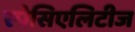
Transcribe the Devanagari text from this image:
स्पेसिएलिटीज